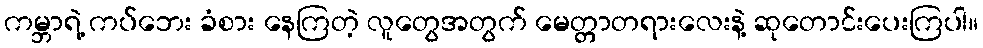
ကမ္ဘာရဲ့ ကပ်ဘေး ခံစား နေကြတဲ့ လူတွေအတွက် မေတ္တာတရားလေးနဲ့ ဆုတောင်းပေးကြပါ။